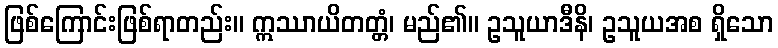
ဖြစ်ကြောင်းဖြစ်ရာတည်း။ ဣဿာယိတတ္တံ၊ မည်၏။ ဥသူယာဒီနိ၊ ဥသူယအစ ရှိသော